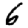
Digit: 6